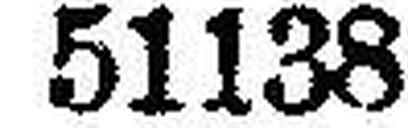
51138